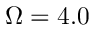
\Omega = 4 . 0